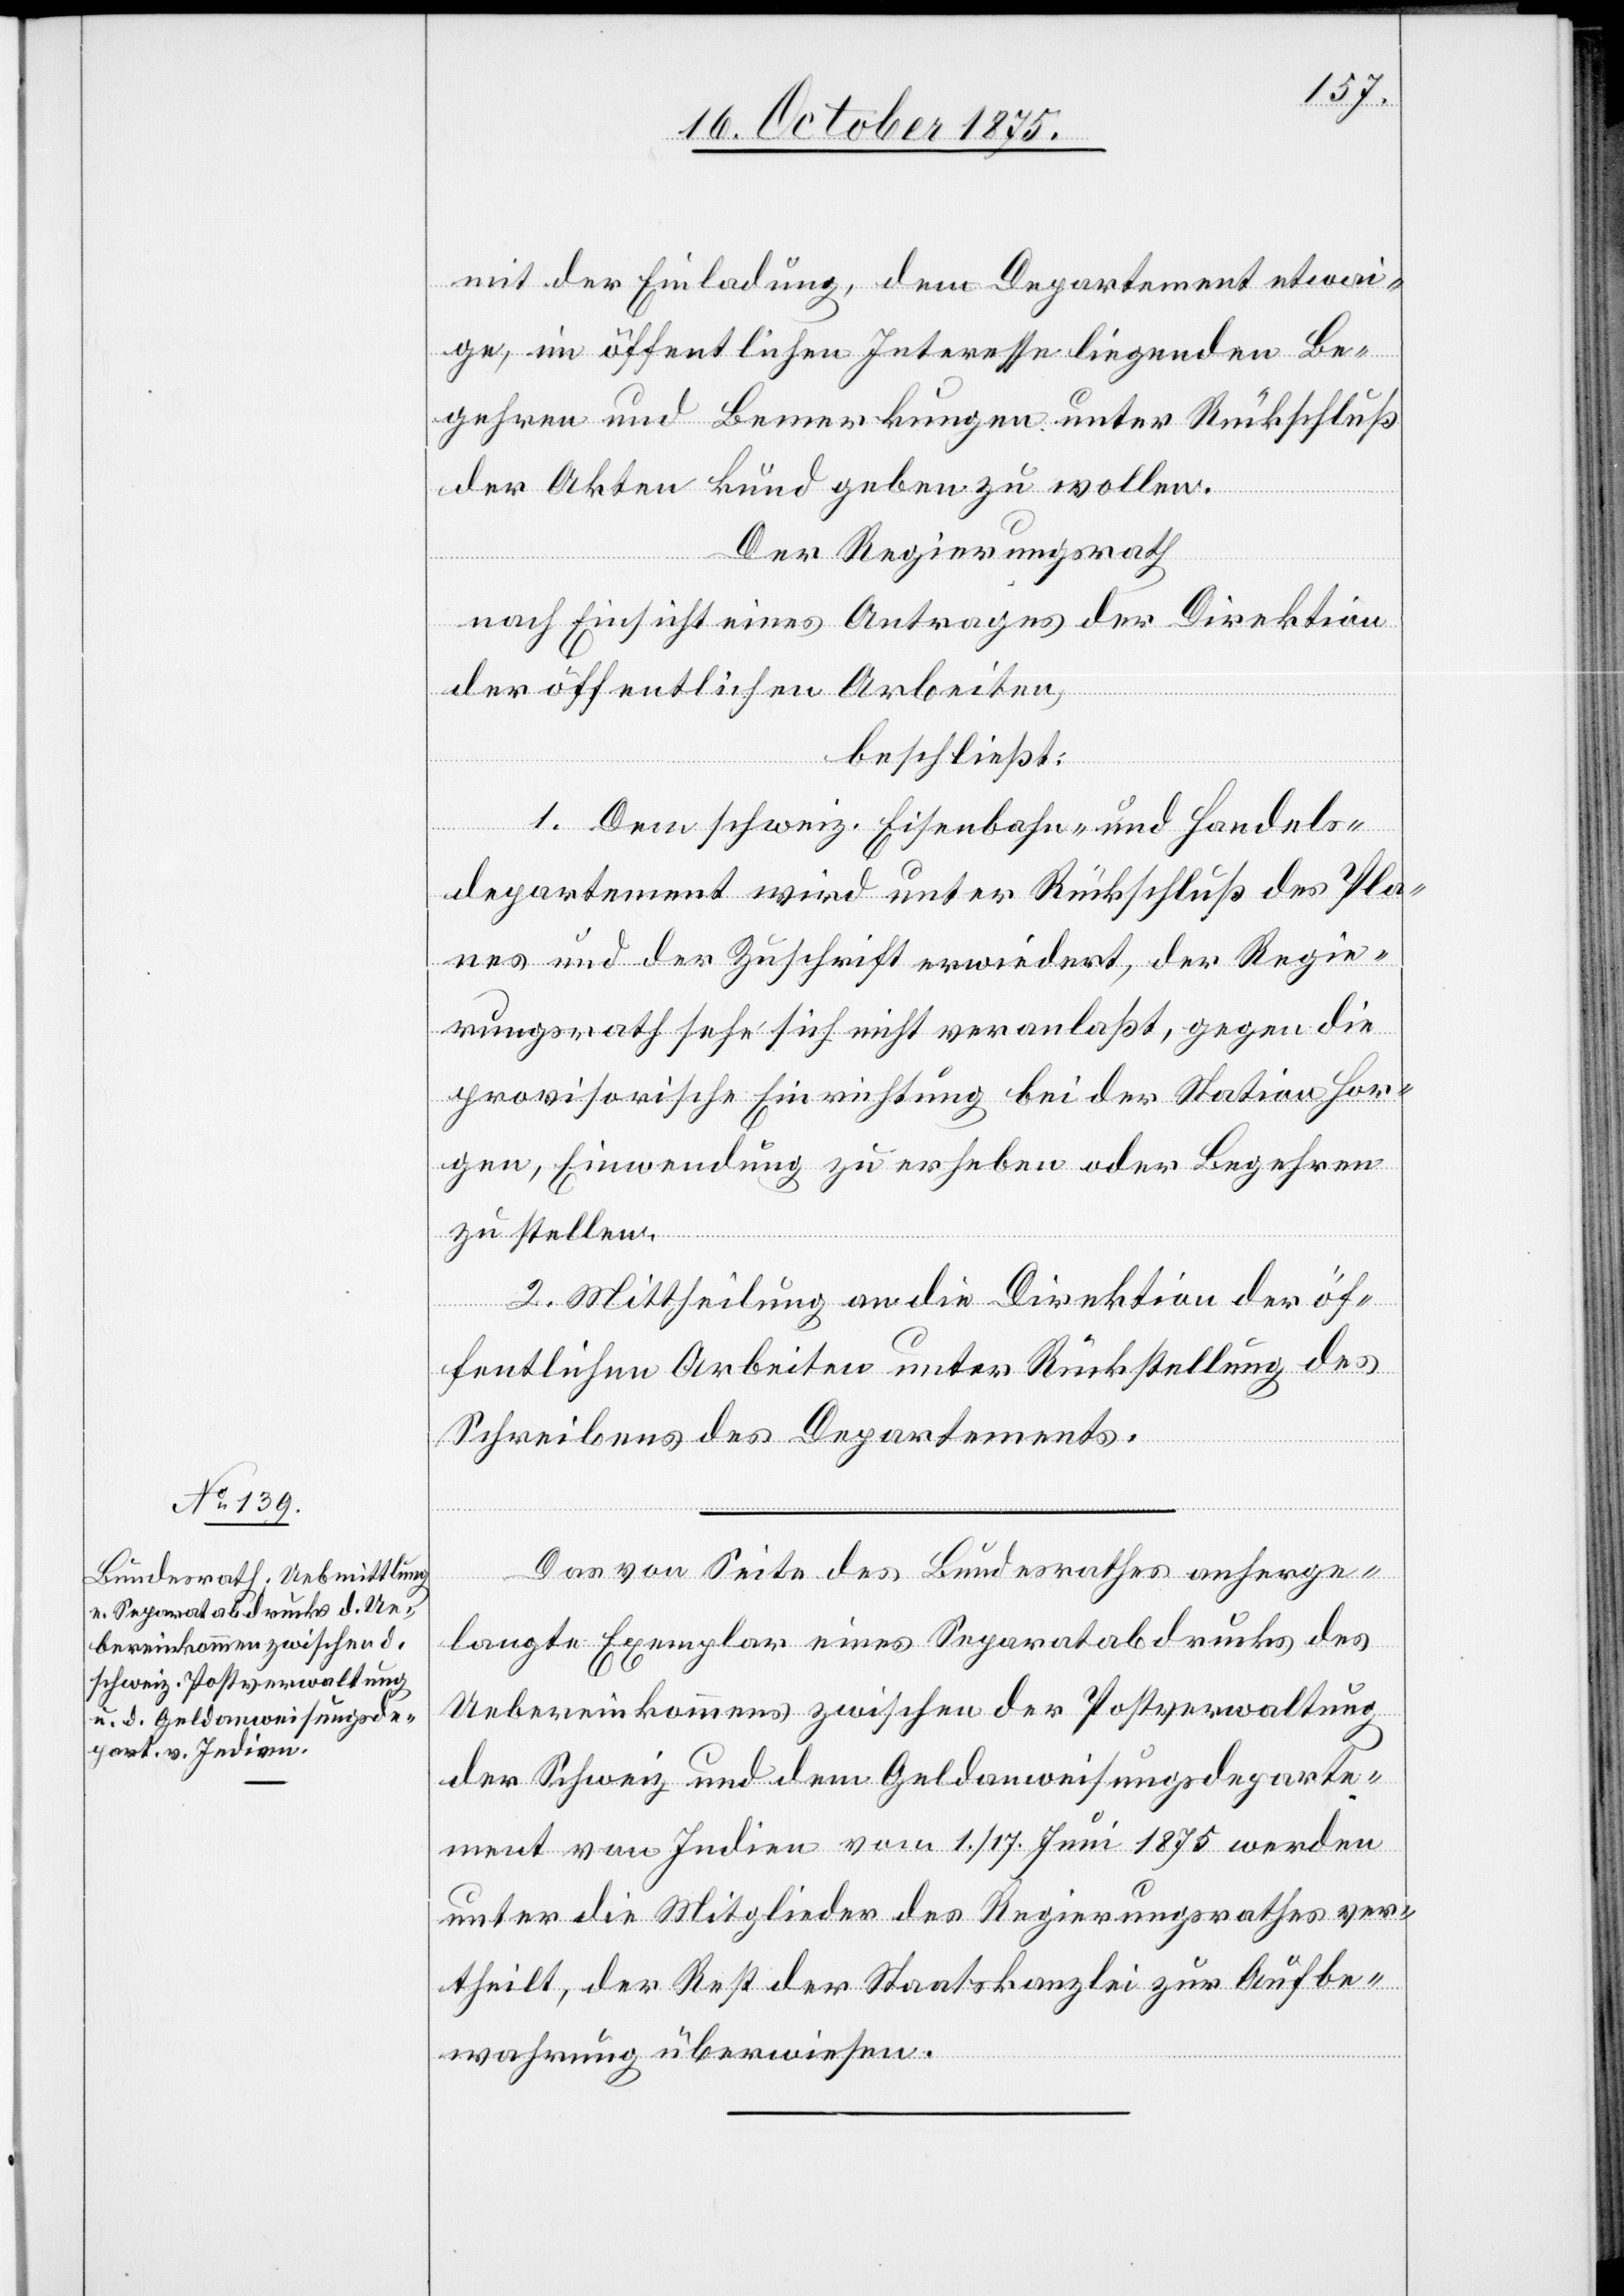
mit der Einladung, dem Departement etwai¬
ge, im öffentlichen Interesse liegenden Be¬
gehren und Bemerkungen unter Rückschluß
der Akten kund geben zu wollen.
Der Regierungsrath,
nach Einsicht eines Antrages der Direktion
der öffentlichen Arbeiten,
beschließt:
1. Dem schweiz. Eisenbahn- und Handels¬
departement wird unter Rückschluß des Pla¬
nes und der Zuschrift erwiedert, der Regie¬
rungsrath sehe sich nicht veranlaßt, gegen die
provisorische Einrichtung bei der Station Hor¬
gen, Einwendung zu erheben oder Begehren
zu stellen.
2. Mittheilung an die Direktion der öf¬
fentlichen Arbeiten unter Rückstellung des
Schreibens des Departements.
Das von Seite des Bundesrathes anherge¬
langte Exemplar eines Separatabdrucks des
Uebereinkommens zwischen der Postverwaltung
der Schweiz und dem Geldanweisungsdeparte¬
ment von Indien vom 1./17. Juni 1875 werden
unter die Mitglieder des Regierungsrathes ver¬
theilt, der Rest der Staatskanzlei zur Aufbe¬
wahrung überwiesen.